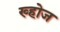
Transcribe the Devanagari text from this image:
ख्होज